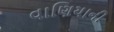
વાણિયાની